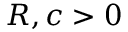
R , c > 0